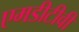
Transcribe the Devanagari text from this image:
एमडीटीवी